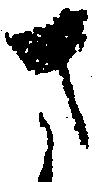
さ